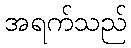
အရက်သည်